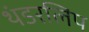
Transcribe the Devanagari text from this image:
थंडरलिप